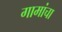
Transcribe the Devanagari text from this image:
गामांचा